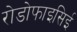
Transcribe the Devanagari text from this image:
रोडोफाइसिई